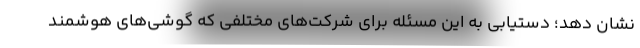
نشان دهد؛ دستیابی به این مسئله برای شرکت‌های مختلفی که گوشی‌های هوشمند